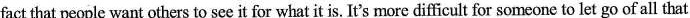
fact that people want others to see it for whatit is. It's more difficult for someone to let go of all that